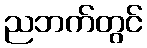
ညဘက်တွင်